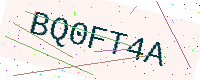
Text: BQ0FT4A